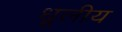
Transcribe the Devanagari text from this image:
धूलीय